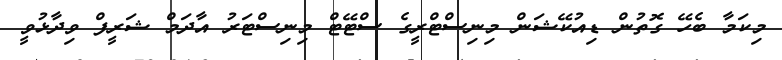
މިކަމާ ބެހޭ ގޮތުން ޑިއުކޭޝަން މިނިސްޓްރީގެ ސްޓޭޓް މިނިސްޓަރު އާދަމް ޝަރީފް ވިދާޅުވީ